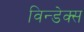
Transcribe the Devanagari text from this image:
विन्डेक्स